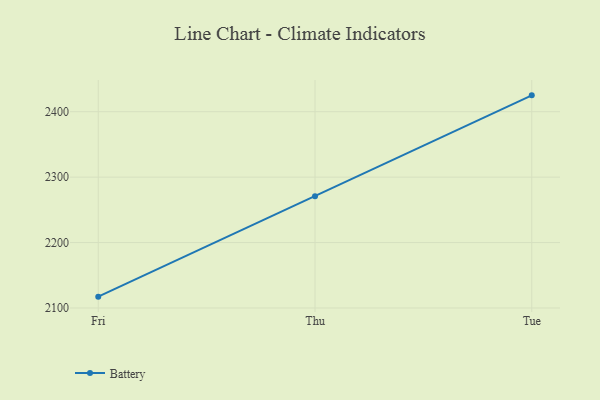
{"axis": {"x": "Day", "y": "Market Share (%)"}, "legend": ["Battery"], "data": [{"x": "Fri", "y": 2117.3, "type": "Battery"}, {"x": "Thu", "y": 2270.7, "type": "Battery"}, {"x": "Tue", "y": 2425.0, "type": "Battery"}]}